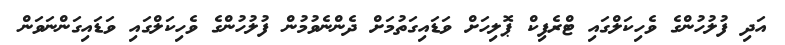
އަދި ފުލުހުންގެ ވެހިކަލްގައި ޓްރެފިކް ޕޮލިހަށް ވަޑައިގަތުމަށް ދެންނެވުމުން ފުލުހުންގެ ވެހިކަލްގައި ވަޑައިގަންނަވަން